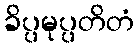
ခိပ္ပမုပ္ပတိတံ